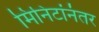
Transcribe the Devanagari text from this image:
मिनिटांनंतर